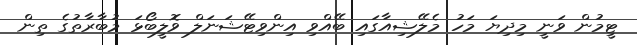
ޓީމުން ވަނީ މިދިޔަ މަހު މެލޭޝިއާގައި ބޭއްވި އިންވިޓޭޝަނަލް ވޮލީބޯޅަ މުބާރާތުގެ ތިން